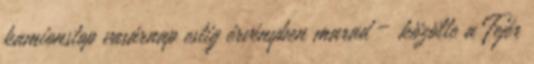
kamionstop vasárnap estig érvényben marad – közölte a Fejér